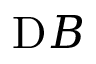
\mathrm Ḋ B Ḍ